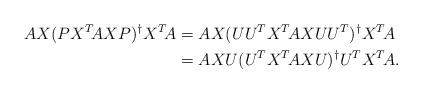
LaTeX: \begin{align*} AX(PX^T\!AXP)^\dagger X^T\!A &= AX(UU^TX^T\!AXUU^T)^\dagger X^T\!A \\ &= AXU(U^TX^T\!AXU)^\dagger U^TX^T\!A.\end{align*}